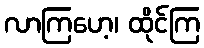
လာကြဟေ့၊ ထိုင်ကြ